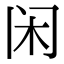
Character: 闲